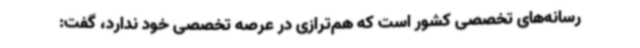
رسانه‌های تخصصی کشور است که هم‌ترازی در عرصه تخصصی خود ندارد، گفت: